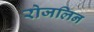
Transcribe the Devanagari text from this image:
रोजलिन